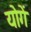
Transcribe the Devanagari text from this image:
योगें